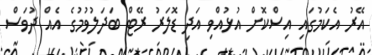
އޭރު އެކަމުގައި އިސްކޮށް އުޅުއްވި އަދި ޑޮލަރު ރޭޓް ބަދަލުވުމުގެ އެއް ދުވަސް